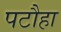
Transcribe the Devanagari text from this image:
पटौहा